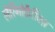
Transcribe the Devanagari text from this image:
लैरिंगोफ़ैरिंक्ज़